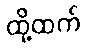
ထို့ထက်